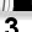
Digit: 3